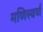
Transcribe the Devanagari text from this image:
मणिस्वर्ण